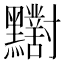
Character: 𪓁